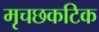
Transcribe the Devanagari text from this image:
मृचछकटिक